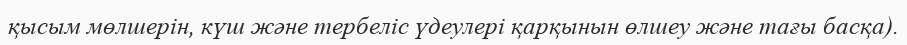
қысым мөлшерін, күш және тербеліс үдеулері қарқынын өлшеу және тағы басқа).